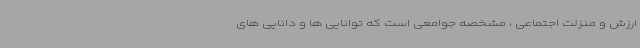
ارزش و منزلت اجتماعی ، مشخصه جوامعی است که توانایی ها و دانایی های